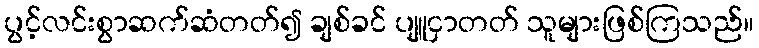
ပွင့်လင်းစွာဆက်ဆံတတ်၍ ချစ်ခင် ပျူငှာတတ် သူများဖြစ်ကြသည်။